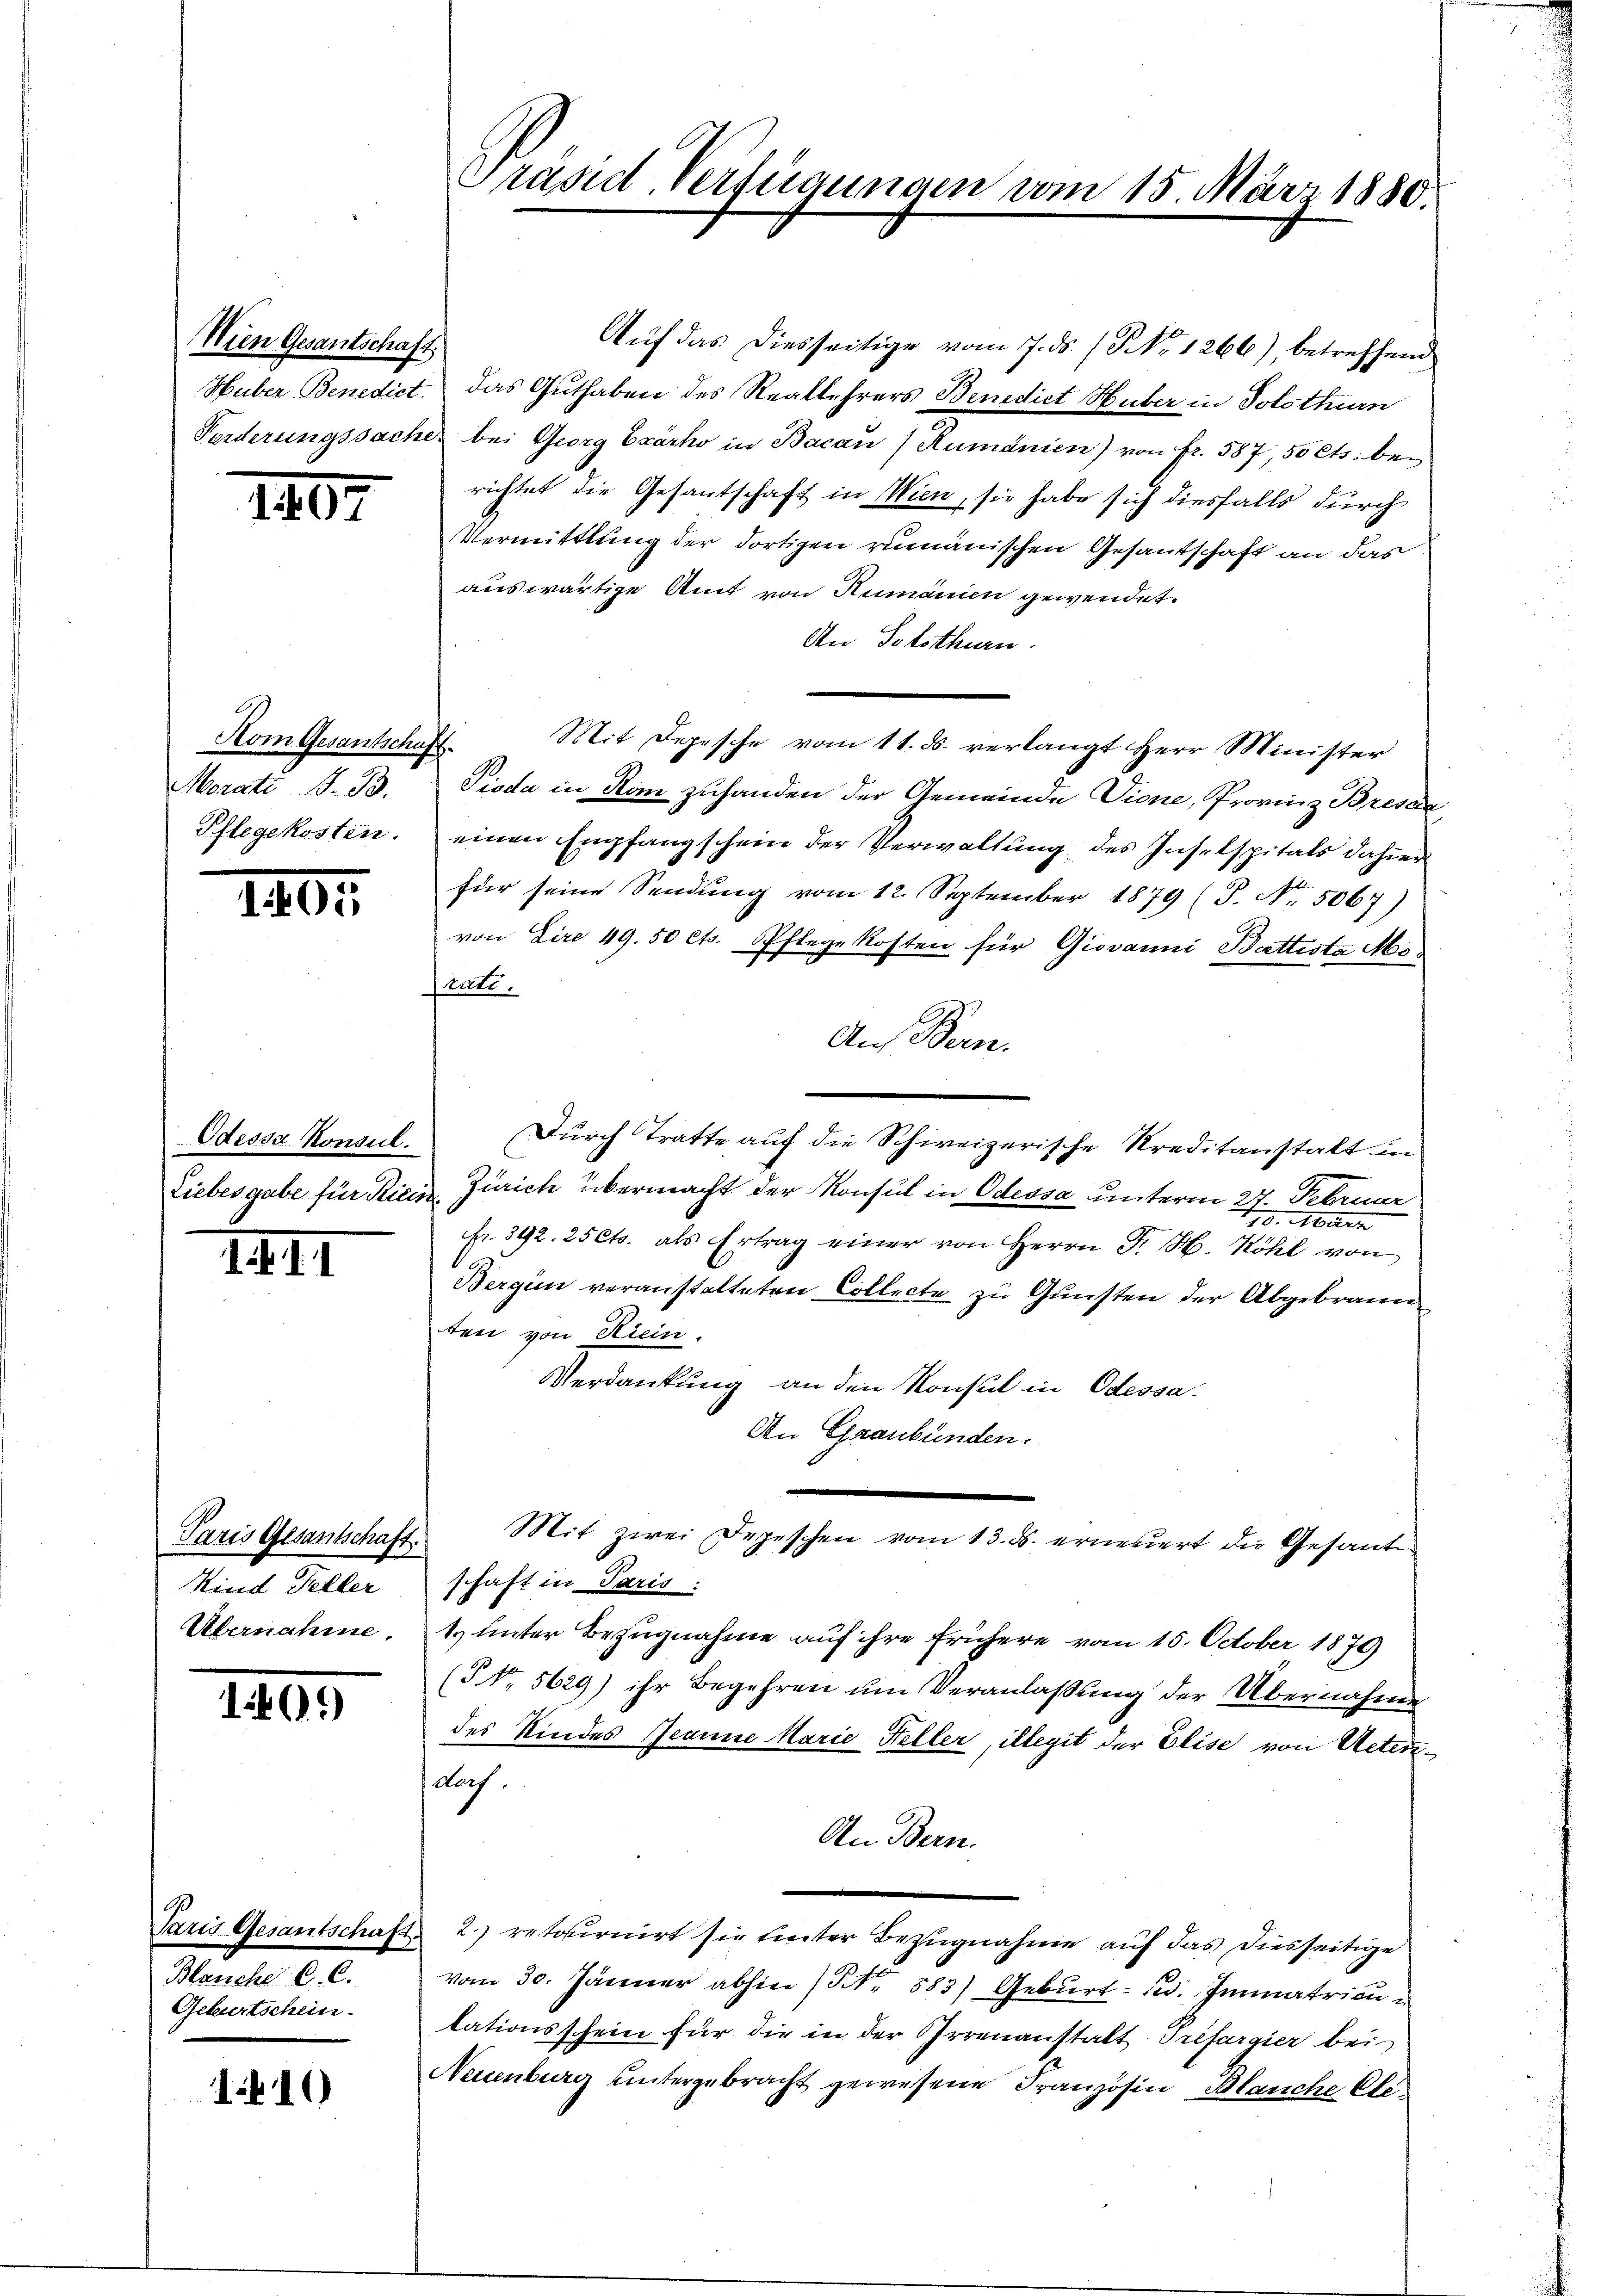
Wien Gesantschaft.

1407

Hom Gesantschaft.
Morate G. B.
Pflegekosten.

1405.

Odessa Konsul.
Liebesgabe für Ricis

IXII

Paris Gesantschaft.
Kind Feller
Übernahme

1409)

Paris Gesantschaft.
Blanche C. C.
Geburtschein.

110

Präsid Verfügungen vom 15. März 1880.

Auf das diesseitige vom 7. ds. (T. 1266), betreffend
Huber Benedict, das Guthaben des Reallehrers Benedict Huber in Solothurn
Forderungssacher bei Georg Exärho in Bacan) Rumänien) von Fr. 587, 50 Cts. berichtet die Gesantschaft in Wien, sie habe sich diesfalls durch
Vermittlung der dortigen rumänischen Gesantschaft an das
auswärtige Amt von Rumänien gewendet.
An Solothurn.
Mit Depesche vom 11. ds. verlangt Herr Minister
Pioda in Rom zuhanden der Gemeinde Vione, Provinz Bresla
einen Empfangschein der Verwaltung des Inselspitals dahier
für seine Sendung vom 12. September 1879 (S. Nr. 5067)
von Lire 49. 50 cts. Pflegekosten für Giovanni Battista Mo¬
Pratt.
Auf Bern.
Durch Tratte auf die Schweizerische Kreditanstalt in
Zürich übermacht der Konsul in Odessa unterm 27. Februar
119. März
Fr. 392. 25 Cts. als Ertrag einer von Herrn Fr. H. Köhl von
Bergien veranstalteten Collecte zu Gunsten der Abgebrauen
ten von Riein.
Verdankung an den Konsul in Odessa.
An Graubünden.
Mit zwei Depeschen vom 13. ds. erneuert die Gesand
schaft in Paris:
t. unter Bezugnahme auf ihre frühere vom 15. October 1879)
(NNo. 5629) ihr Begehren ŭm Veranlaßung der Übernahme
des Kindes Jeanne Marie Heller, illegit der Elise von Actendarf.
An Bern.
2. retournirt sie unter Bezugnahme auf das diesseitige
vom 30. Jänner abhin (Nr. 583) Geburt: 1. Immatricu
tationsschein für die in der Irrenanstalt Trefargier bei
Neuenburg untergebracht gewesene Französin, Blanche Cle¬